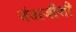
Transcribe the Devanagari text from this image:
संताजीशी